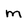
Character: m